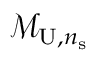
\mathcal { M } _ { \mathrm { U } , n _ { \mathrm { s } } }